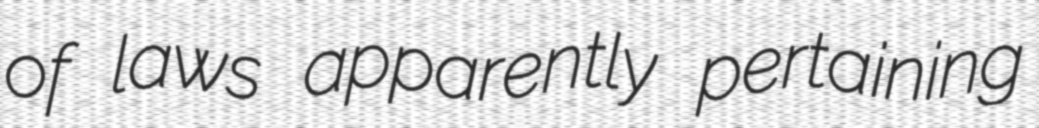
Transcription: of laws apparently pertaining